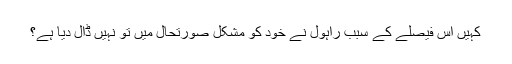
کہیں اس فیصلے کے سبب راہول نے خود کو مشکل صورتحال میں تو نہیں ڈال دیا ہے؟